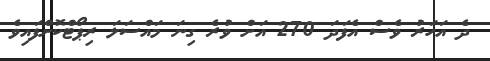
ދެ އަހަރު ވެސް އެފަދަ 270 އަށް ވުރެ ގިނަ މައްސަލަ ރިޕޯޓްކޮށްފައިވެ